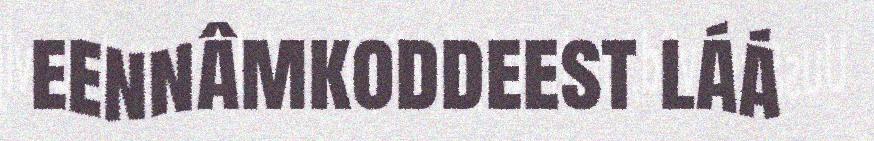
eennâmkoddeest láá